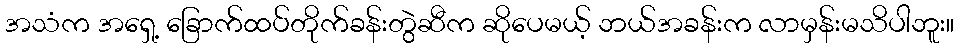
အသံက အရှေ့ ခြောက်ထပ်တိုက်ခန်းတွဲဆီက ဆိုပေမယ့် ဘယ်အခန်းက လာမှန်းမသိပါဘူး။